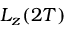
L _ { z } ( 2 T )